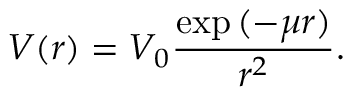
V ( r ) = V _ { 0 } \frac { \exp { ( - \mu r ) } } { r ^ { 2 } } .